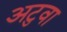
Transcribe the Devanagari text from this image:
अटुवा